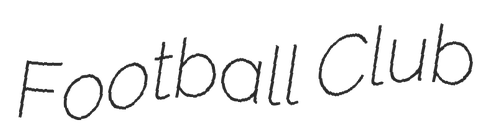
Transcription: Football Club